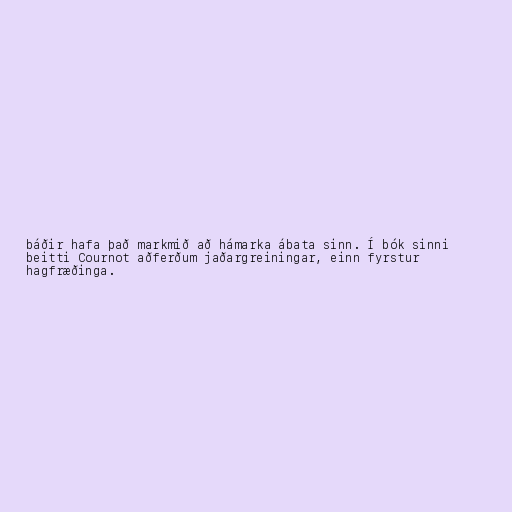
báðir hafa það markmið að hámarka ábata sinn. Í bók sinni
beitti Cournot aðferðum jaðargreiningar, einn fyrstur
hagfræðinga.